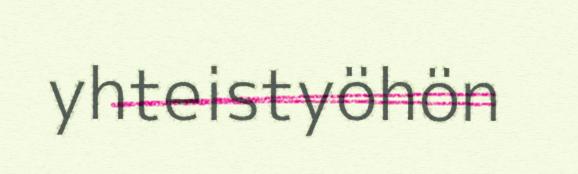
yhteistyöhön